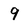
Character: 9